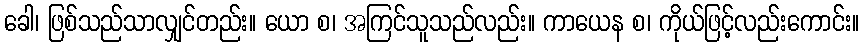
ခေါ၊ ဖြစ်သည်သာလျှင်တည်း။ ယော စ၊ အကြင်သူသည်လည်း။ ကာယေန စ၊ ကိုယ်ဖြင့်လည်းကောင်း။